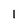
Character: l